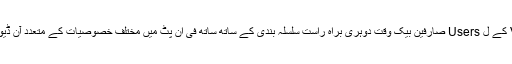
تیز رفتار اور اعلی ترین ممکنہ VOD کے ل Users صارفین بیک وقت دوہری براہ راست سلسلہ بندی کے ساتھ ساتھ فی ان پٹ میں مختلف خصوصیات کے متعدد آن ڈیوائس ریکارڈنگ سے فائدہ اٹھائیں گے۔